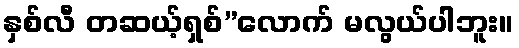
နှစ်လီ တဆယ့်ရှစ်”လောက် မလွယ်ပါဘူး။